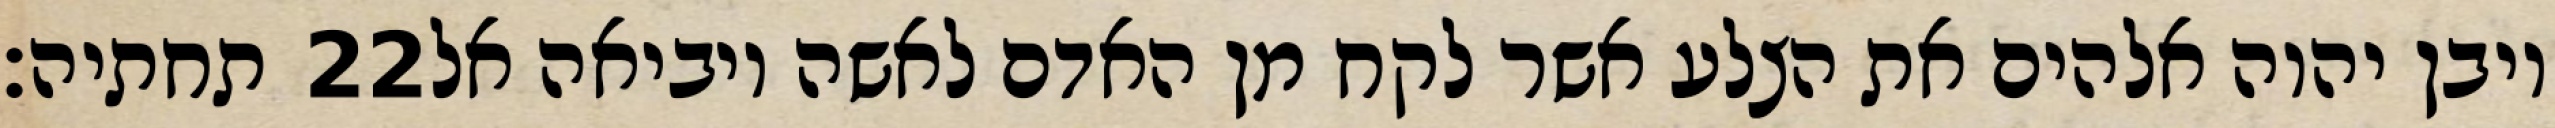
תחתיה׃ ‎22‏ ויבן יהוה אלהים את הצלע אשר לקח מן האדם לאשה ויביאה אל